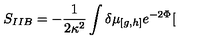
S _ { I I B } = - \frac { 1 } { 2 \kappa ^ { 2 } } \int \delta \mu _ { \lbrack g , h ] } e ^ { - 2 \Phi } [